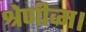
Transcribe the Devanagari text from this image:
श्रेणीव्म।